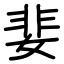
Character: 婓